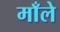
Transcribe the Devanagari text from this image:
माँले